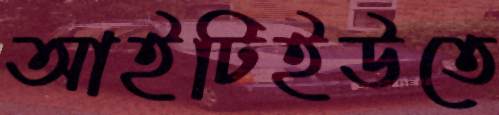
আইটিইউতে